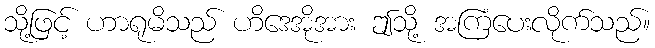
သို့ဖြင့် ဟာရုမိသည် ဟိဒေအိုအား ဤသို့ အကြံပေးလိုက်သည်။